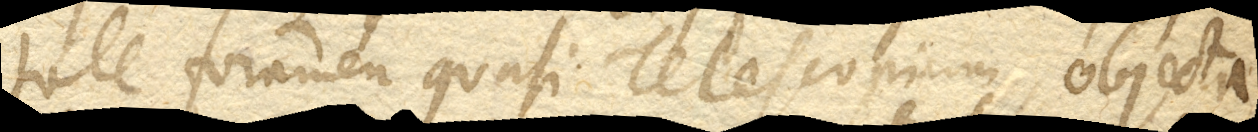
tale foramen quasi Telescopium objecta